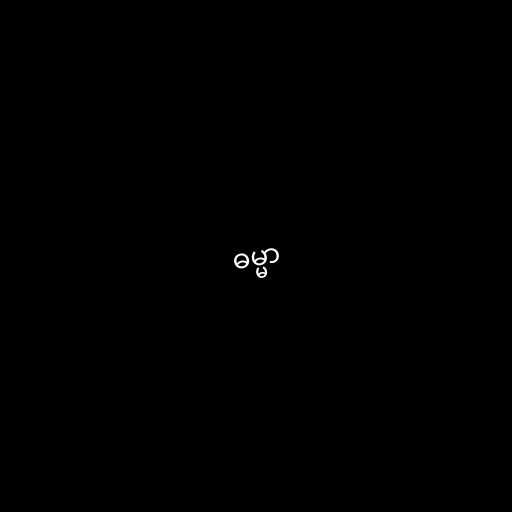
ဓမ္မာ